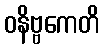
ဝနိဗ္ဗကေတိ